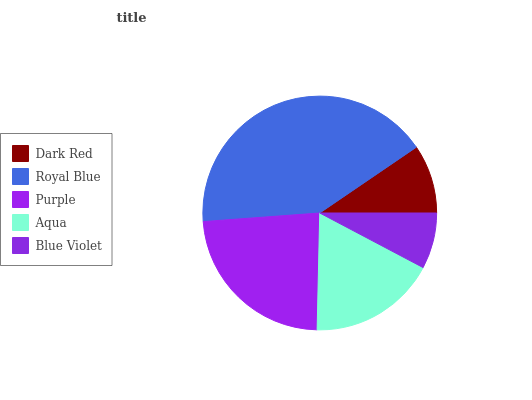
| Dark Red | Royal Blue | Purple | Aqua | Blue Violet |
 | --- | --- | --- | --- | --- |
 | 9.52% | 41.7% | 23.4% | 17.7% | 7.73% |